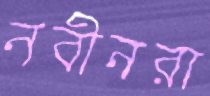
নবীনরা